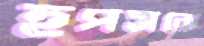
হপসকে